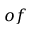
o f